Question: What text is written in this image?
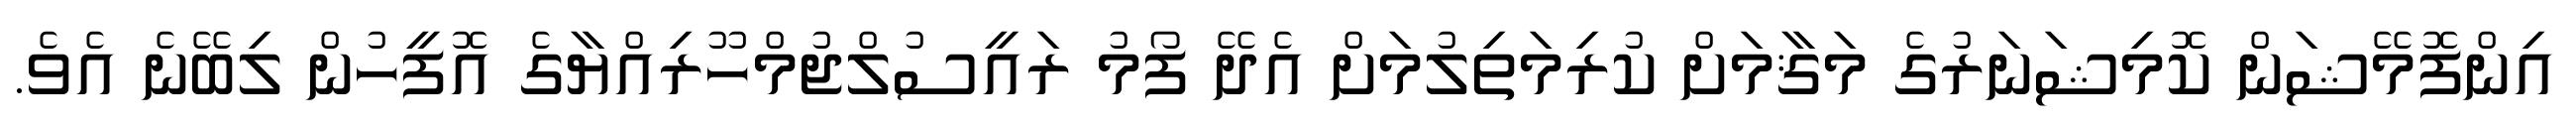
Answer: އިންފޮމޭޝަން ކޮމިޝަނަރުގެ މަޤާމަށް ކުރިމަތިލުމަށް އެދޭ ފޯމު ރައީސުލްޖުމްހޫރިއްޔާގެ އޮފީހުން ލިބޭނެ އެވެ.